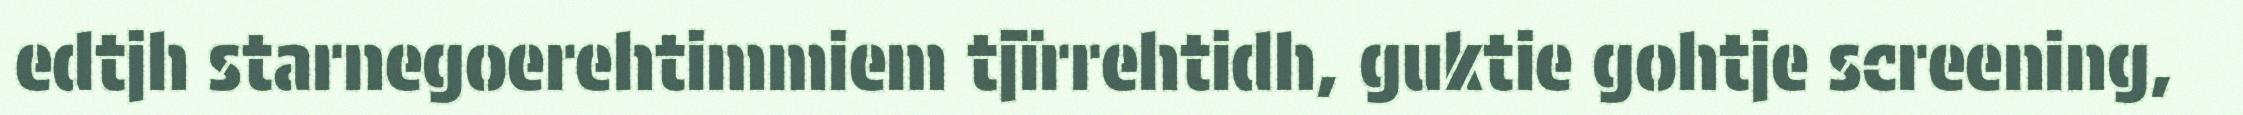
edtjh starnegoerehtimmiem tjïrrehtidh, guktie gohtje screening,